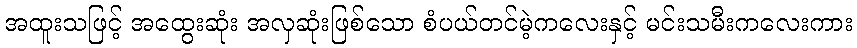
အထူးသဖြင့် အထွေးဆုံး အလှဆုံးဖြစ်သော စံပယ်တင်မဲ့ကလေးနှင့် မင်းသမီးကလေးကား